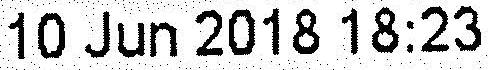
10 JUN 2018 18:23